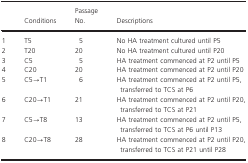
|  | Conditions | Passage No. | Descriptions |
 | --- | --- | --- | --- |
 | 1 | T5 | 5 | No HA treatment cultured until P5 |
 | 2 | T20 | 20 | No HA treatment cultured until P20 |
 | 3 | C5 | 5 | HA treatment commenced at P2 until P5 |
 | 4 | C20 | 20 | HA treatment commenced at P2 until P20 |
 | 5 | C5→T1 | 6 | HA treatment commenced at P2 until P5, transferred to TCS at P6 |
 | 6 | C20→T1 | 21 | HA treatment commenced at P2 until P20, transferred to TCS at P21 |
 | 7 | C5→T8 | 13 | HA treatment commenced at P2 until P5, transferred to TCS at P6 until P13 |
 | 8 | C20→T8 | 28 | HA treatment commenced at P2 until P20, transferred to TCS at P21 until P28 |